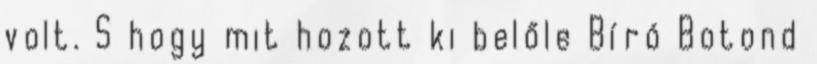
volt. S hogy mit hozott ki belőle Bíró Botond